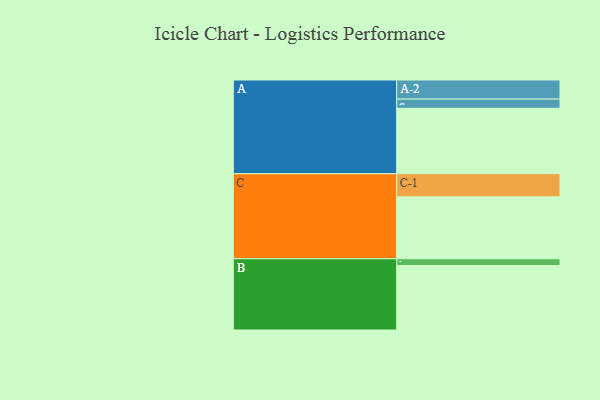
{"axis": {"x": "Segment", "y": "Value"}, "legend": ["", "A", "B", "C"], "data": [{"x": "A", "y": 548, "type": ""}, {"x": "B", "y": 540, "type": ""}, {"x": "C", "y": 519, "type": ""}, {"x": "A-1", "y": 77, "type": "A"}, {"x": "A-2", "y": 160, "type": "A"}, {"x": "B-1", "y": 57, "type": "B"}, {"x": "C-1", "y": 194, "type": "C"}]}